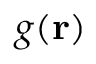
g ( \mathbf { r } )